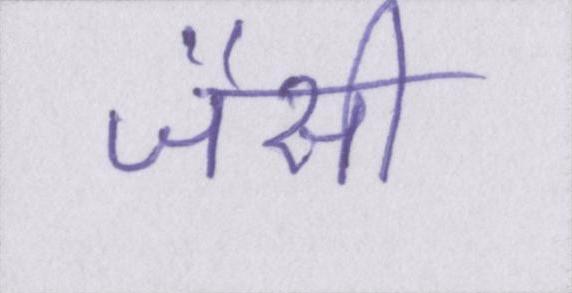
जैसी